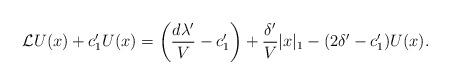
LaTeX: \begin{align*} {\cal L}U(x) + c_1'U(x) = \left(\frac{d \lambda'}{V} - c_1'\right) + \frac{\delta'}{V}|x|_1 - (2\delta'- c_1') U(x). \end{align*}